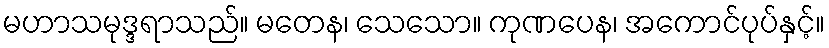
မဟာသမုဒ္ဒရာသည်။ မတေန၊ သေသော။ ကုဏပေန၊ အကောင်ပုပ်နှင့်။